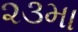
૨૩મા